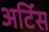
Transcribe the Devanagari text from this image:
अर्टिस